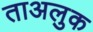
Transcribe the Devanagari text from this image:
ताअलुक